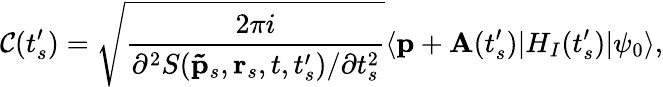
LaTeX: \mathcal{C}(t_{s}^{\prime})=\sqrt{\frac{2\pi i}{\partial^{2}S(\mathbf{\tilde{p}}_{s},\textbf{r}_{s},t,t_{s}^{\prime})/\partial t_{s}^{2}}}\langle\mathbf{p}+\mathbf{A}(t_{s}^{\prime})|H_{I}(t_{s}^{\prime})|\psi_{0}\rangle,